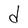
Character: d